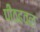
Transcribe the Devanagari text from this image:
पीठढवळ